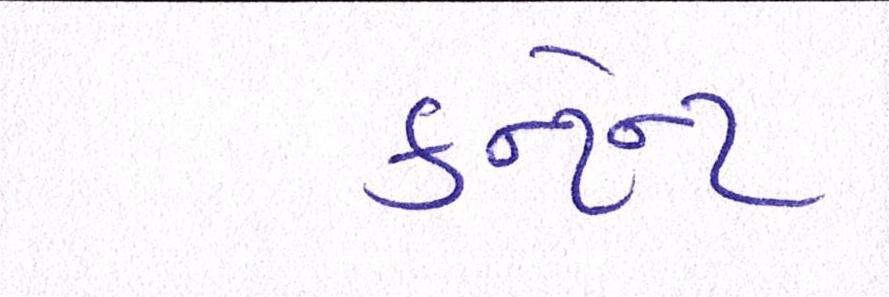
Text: કન્ટેન્ટ